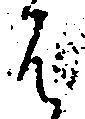
は